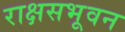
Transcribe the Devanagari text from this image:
राक्षसभूवन